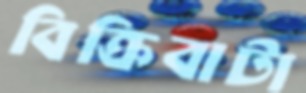
বিক্রিবাটা